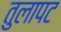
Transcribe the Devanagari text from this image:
तुलापट